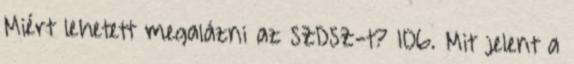
Miért lehetett megalázni az SZDSZ-t? 106. Mit jelent a